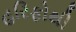
હરિફોથી